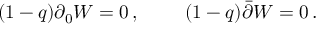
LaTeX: \begin{array} { l l } { { ( 1 - q ) \partial _ { 0 } W = 0 \, , ~ ~ } } & { { ~ ~ ( 1 - q ) \bar { \partial } W = 0 \, . } } \end{array}